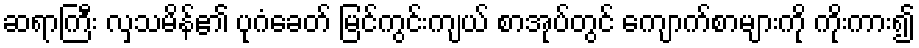
ဆရာကြီး လှသမိန်၏ ပုဂံခေတ် မြင်ကွင်းကျယ် စာအုပ်တွင် ကျောက်စာများကို ကိုးကား၍